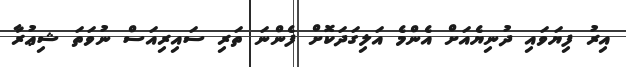
އިރު ފިޔަވައި ދުނިޔެއަށް އެންމެ އަލިގަދަކޮށް ފެންނަ ތަރި ސައިރިއަސް ނުވަތަ ޝިޢުރާ